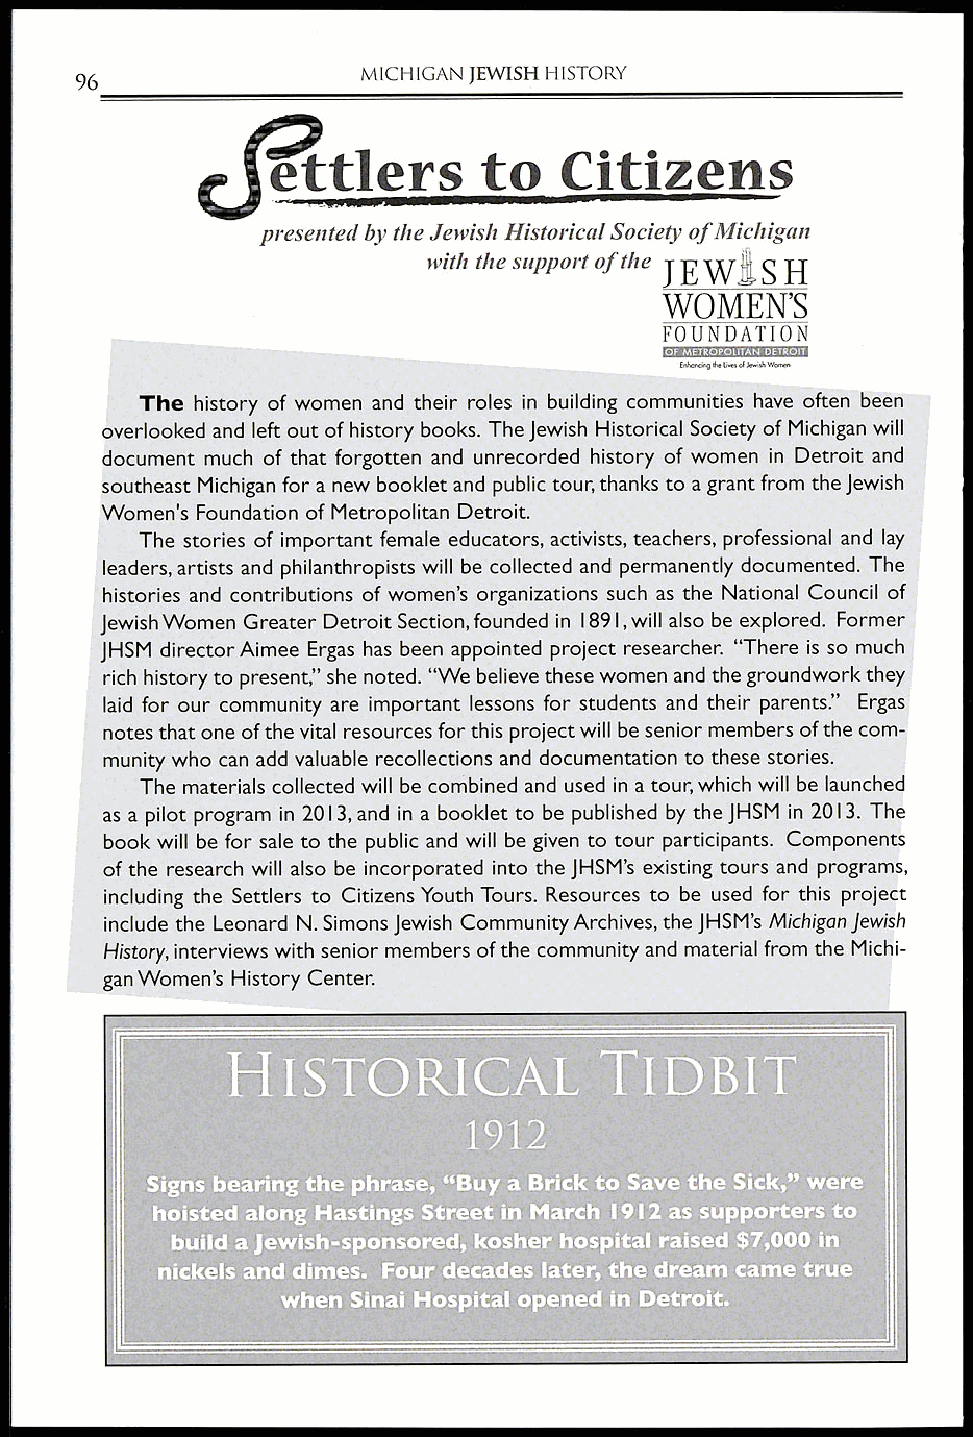
MICHIGAN JEWISH HISTORY
 96
 c
 fttlers       to   Citizens
 presented by the Jewish Historical Society of Michigan
 with the support of the
 JEWSS   H
 WOMEN'S
 FOUNDATION
 OF METROPOLITAN DETROIT
 Enhoncing the liras of Jewish women
 The history of women and their roles in building communities have often been
 overlooked and left out of history books. The Jewish Historical Society of Michigan will
 document much of that forgotten and unrecorded history of women in Detroit and
 southeast Michigan for a new booklet and public tour, thanks to a grant from the Jewish
 Women's Foundation of Metropolitan Detroit.
 The stories of important female educators, activists, teachers, professional and lay
 leaders, artists and philanthropists will be collected and permanently documented. The
 histories and contributions of women's organizations such as the National Council of
 Jewish Women Greater Detroit Section, founded in 1891, will also be explored. Former
 JHSM director Aimee Ergas has been appointed project researcher. "There is so much
 rich history to present," she noted. "We believe these women and the groundwork they
 laid for our community are important lessons for students and their parents!' Ergas
 notes that one of the vital resources for this project will be senior members of the com-
 munity who can add valuable recollections and documentation to these stories.
 The materials collected will be combined and used in a tour, which will be launched
 as a pilot program in 2013, and in a booklet to be published by the JHSM in 2013. The
 book will be for sale to the public and will be given to tour participants. Components
 of the research will also be incorporated into the JHSM's existing tours and programs,
 including the Settlers to Citizens Youth Tours. Resources to be used for this project
 include the Leonard N. Simons Jewish Community Archives, the JHSM's Michigan Jewish
 History, interviews with senior members of the community and material from the Michi-
 gan Women's History Center.
 HISTORICAL                  D
 1912
 Signs bearing the phrase, "Buy a Brick to Save the Sick," were
 hoisted along Hastings Street in March 1912 as supporters to
 build a Jewish-sponsored, kosher hospital raised $7,000 in
 nickels and dimes. Four decades later, the dream came true
 when Sinai Hospital opened in Detroit.